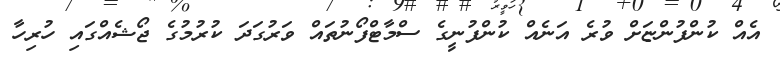
އެއް ކުންފުންޏަށް ވުރެ އަނެއް ކުންފުނީގެ ސްމާޓްފޯނުތައް ވަރުގަދަ ކުރުމުގެ ޖޯޝެއްގައި ހުރިހާ